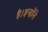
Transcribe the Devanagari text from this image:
है।इन्होंने